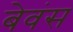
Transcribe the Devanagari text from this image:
बेवंस